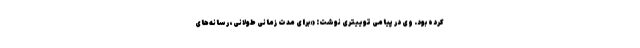
کرده بود. وی در پیامی توییتری نوشت: «برای مدت زمانی طولانی، رسانه‌های